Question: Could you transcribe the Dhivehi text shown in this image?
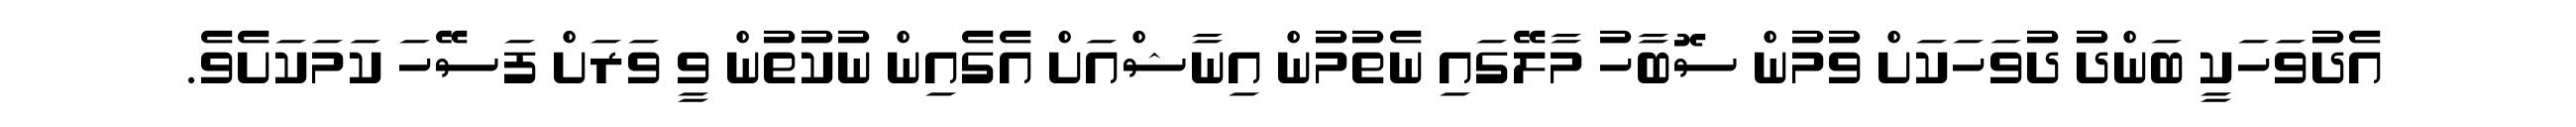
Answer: އެދުވަހަކީ ބަންދު ދުވަހަކަށް ވުމުން ސޮބާހު މާލޭގައި ނެތުމުން އިނާޝްއަށް އެގެއިން ނުކުތުން ވީ ވަރަށް ފަސޭހަ ކަމަކަށެވެ.